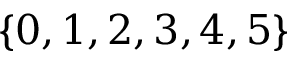
\{ 0 , 1 , 2 , 3 , 4 , 5 \}